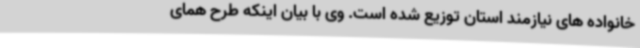
خانواده های نیازمند استان توزیع شده است. وی با بیان اینکه طرح همای